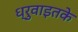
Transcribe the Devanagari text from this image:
ध्रुवाइतके